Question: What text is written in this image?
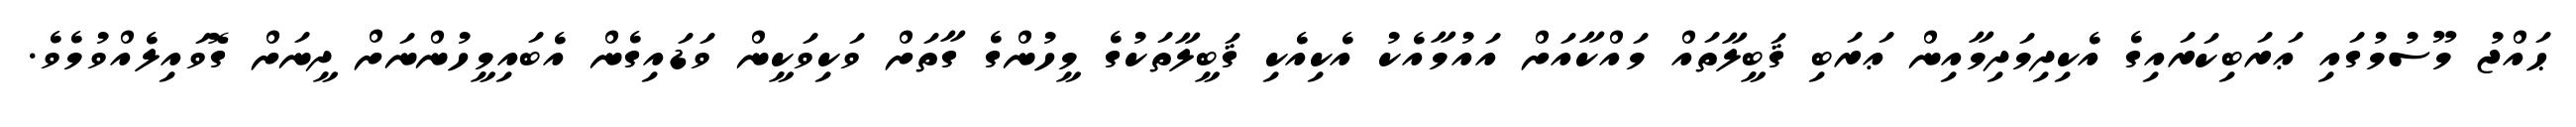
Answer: ޙައްޖު މޫސުމުގައި ޢަރަބިކަރައިގެ އެކިދިމަދިމާއިން ޢަރަބި ޤަބީލާތައް މައްކާއަށް އައުމާއެކު އެކިއެކި ޤަބީލާތަކުގެ މީހުންގެ ގާތަށް ވަކިވަކީން ވަޑައިގެން އެބައިމީހުންނަށް ދީނަށް ގޮވައިލެއްވުމެވެ.